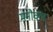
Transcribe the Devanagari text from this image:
मनौवल